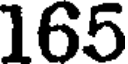
165